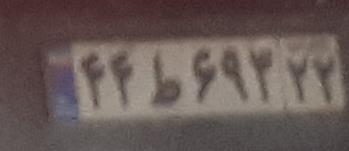
۴۴ط۶۹۳۲۲